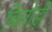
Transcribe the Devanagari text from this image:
चित्तोड़ी